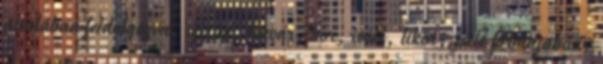
általában feldolgozva, szirup, lekvár, bor, ivólé, likőr, zselé formájában.